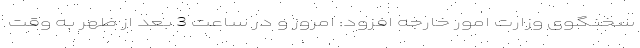
سخنگوی وزارت امور خارجه افزود: امروز و در ساعت 3 بعد از ظهر به وقت